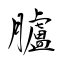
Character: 臚